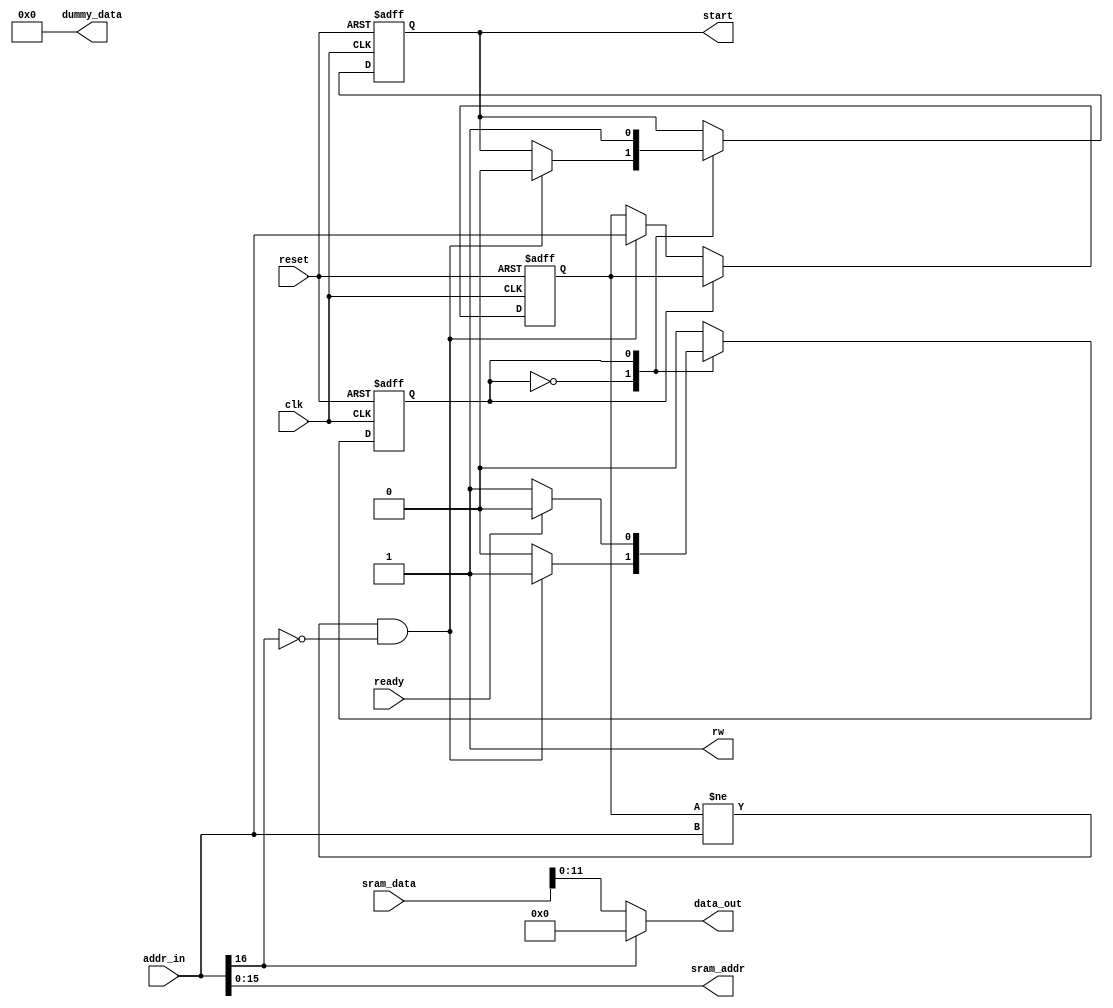
//Transmission Buffer
//Simple buffer for reading memory contense out to another module
//In this implementation, buffer reads out pixels to VGA controller

//Copyright (C) <2018>  <James Williams>

////This program is free software: you can redistribute it and/or modify
////it under the terms of the GNU General Public License as published by
////Free Software Foundation, either version 3 of the License, or
////(at your option) any later version.

////This program is distributed in the hope that it will be useful,
////but WITHOUT ANY WARRANTY; without even the implied warranty of
////MERCHANTABILITY or FITNESS FOR A PARTICULAR PURPOSE.  See the
////GNU General Public License for more details.

 ///You should have received a copy of the GNU General Public License
////along with this program.  If not, see <https://www.gnu.org/licenses/>.

module tr_buff
#(
parameter addr_bus_size = 16,
parameter data_bus_size = 16
)
(
input clk,
input reset,
input ready,//From SRAM when data is ready
input [16:0] addr_in,//From VGA
input [(data_bus_size - 1):0] sram_data,
output [(addr_bus_size - 1):0] sram_addr,
output [(data_bus_size - 1):0] dummy_data,//For MUX
output reg start,
output rw,
output [11:0] data_out
);


reg [16:0] addr_in_old;
reg state;

//State defs
localparam state_start = 1'b0,
				state_wait = 1'b1;

initial begin
	start <= 1'b1;
	state <= state_start;
	addr_in_old <= 17'b11111111111111111;//Make sure we get triggered by the first addr
end

always @ (posedge clk or negedge reset) begin
	if(reset == 1'b0) begin//Reset State
		start <= 1'b1;
		state <= state_start;
		addr_in_old <= 17'b11111111111111111;
	end
	else begin
		case (state)
		
		//If we see a new address
			state_start: begin
				if(addr_in_old != addr_in && addr_in[16] != 1'b1) begin//VGA controller needs next pixel
					//Get the next pixel
					addr_in_old <= addr_in;
					start <= 1'b0;
					state <= state_wait;
				end
				
			end
			
			state_wait: begin
			//Wait until the data is there
				start <= 1'b1;
				if(ready == 1'b1) begin
					state <= state_start;
				end
			end

			default: begin
				state <= state_start;
			end
			
		endcase
	end

end

//sends vga controller black pixels if we're out of the address range
assign data_out = addr_in[16]? 12'b0 : sram_data[11:0];
assign sram_addr = addr_in[(addr_bus_size - 1):0];
assign dummy_data = 16'b0;
assign rw = 1'b1;//1 for read

endmodule